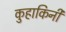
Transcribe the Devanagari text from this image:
कुहाकिनी